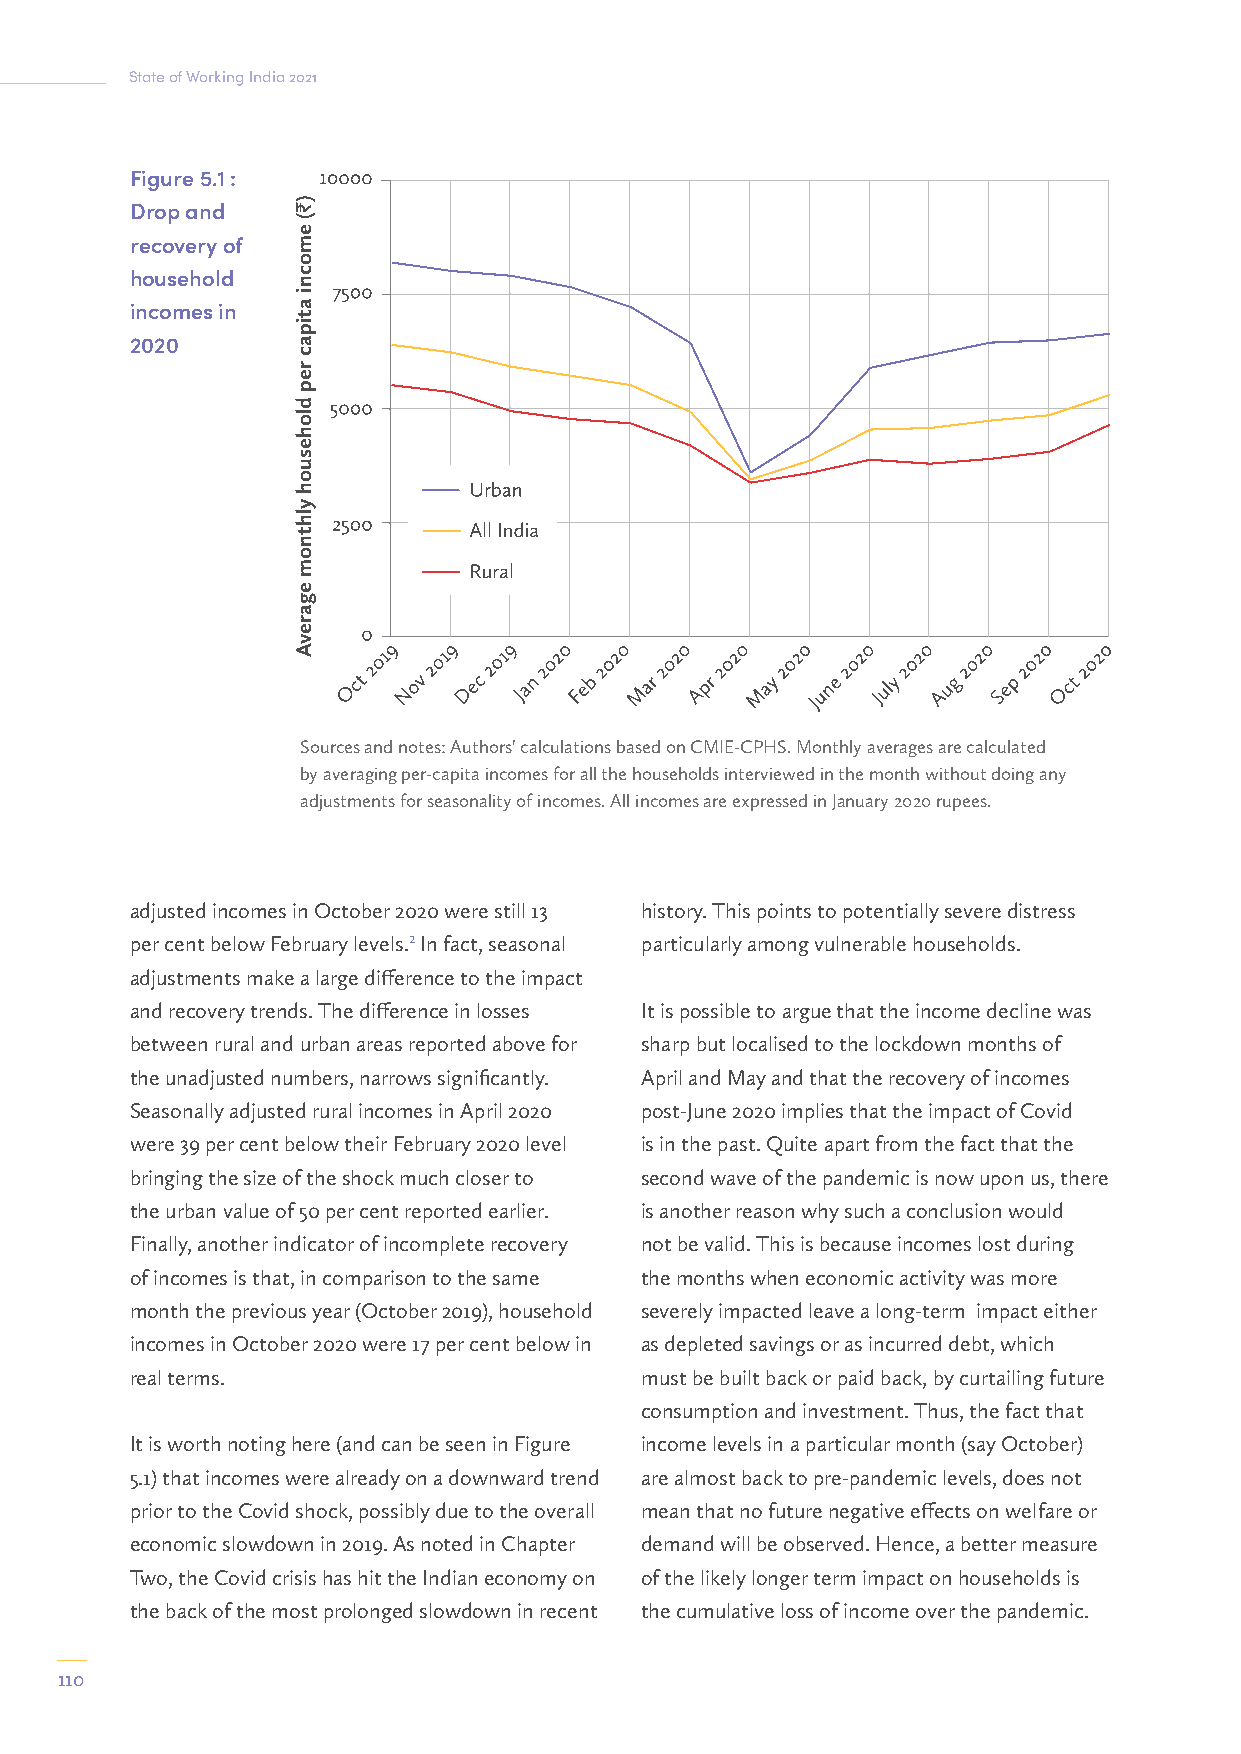
State of Working India 2021
 Figure 5.1 :
 Drop and
 recovery of
 household
 incomes in
 2020
 Sources and notes: Authors' calculations based on CMIE-CPHS. Monthly averages are calculated
 by averaging per-capita incomes for all the households interviewed in the month without doing any
 adjustments for seasonality of incomes. All incomes are expressed in January 2020 rupees.
 adjusted incomes in October 2020 were still 13 history. This points to potentially severe distress
 per cent below February levels.2 In fact, seasonal particularly among vulnerable households.
 adjustments make a large difference to the impact
 and recovery trends. The difference in losses It is possible to argue that the income decline was
 between rural and urban areas reported above for sharp but localised to the lockdown months of
 the unadjusted numbers, narrows significantly. April and May and that the recovery of incomes
 Seasonally adjusted rural incomes in April 2020 post-June 2020 implies that the impact of Covid
 were 39 per cent below their February 2020 level is in the past. Quite apart from the fact that the
 bringing the size of the shock much closer to second wave of the pandemic is now upon us, there
 the urban value of 50 per cent reported earlier. is another reason why such a conclusion would
 Finally, another indicator of incomplete recovery not be valid. This is because incomes lost during
 of incomes is that, in comparison to the same the months when economic activity was more
 month the previous year (October 2019), household severely impacted leave a long-term impact either
 incomes in October 2020 were 17 per cent below in as depleted savings or as incurred debt, which
 real terms.                      must be built back or paid back, by curtailing future
 consumption and investment. Thus, the fact that
 It is worth noting here (and can be seen in Figure income levels in a particular month (say October)
 5.1) that incomes were already on a downward trend are almost back to pre-pandemic levels, does not
 prior to the Covid shock, possibly due to the overall mean that no future negative effects on welfare or
 economic slowdown in 2019. As noted in Chapter demand will be observed. Hence, a better measure
 Two, the Covid crisis has hit the Indian economy on of the likely longer term impact on households is
 the back of the most prolonged slowdown in recent the cumulative loss of income over the pandemic.
 110
 )J(
 emocni
 atipac
 rep
 dlohesuoh
 ylhtnom
 egarevA